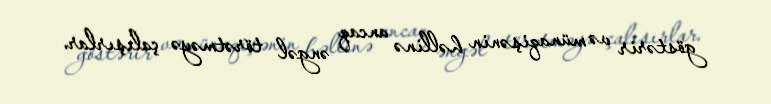
göstərir və münaqişənin həllinə ancaq əngəl törətməyə çalışırlar.